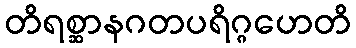
တိရစ္ဆာနဂတပရိဂ္ဂဟေတိ